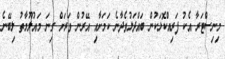
މިނިސްޓަރާ އެކު ފަރިއްކޮޅަކުން ބައްދަލުވެދާނެ ކަމަށާއި އޭރުން ވަރަށް ގިނަ މައުލޫމާތު ލިބޭނެ